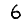
Digit: 6